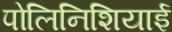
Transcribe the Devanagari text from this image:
पोलिनिशियाई